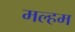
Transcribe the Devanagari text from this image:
मल्हम